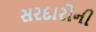
સરદારોની